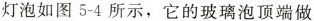
灯泡如图5-4所示，它的玻璃泡顶端做